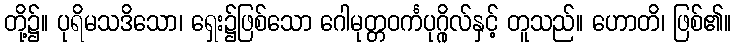
တို့၌။ ပုရိမသဒိသော၊ ရှေး၌ဖြစ်သော ဂေါမုတ္တဝင်္ကပုဂ္ဂိုလ်နှင့် တူသည်။ ဟောတိ၊ ဖြစ်၏။